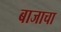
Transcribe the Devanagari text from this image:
बाजाचा